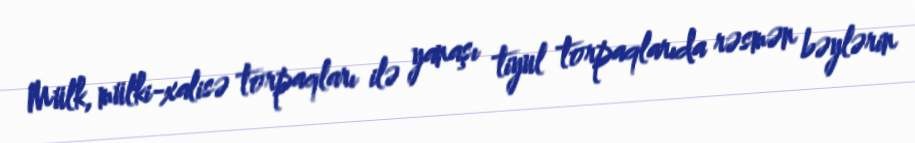
Mülk, mülki-xalisə torpaqları ilə yanaşı tiyul torpaqlarıda rəsmən bəylərin